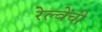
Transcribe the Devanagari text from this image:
रेल्वेंची